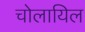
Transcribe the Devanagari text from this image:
चोलायिल